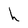
Character: h